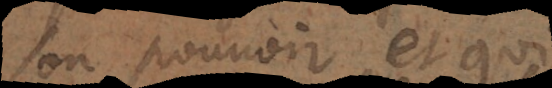
son pouvoir, et qui